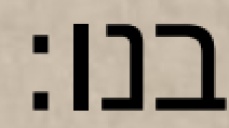
בנו: